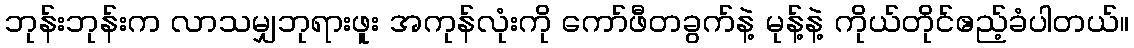
ဘုန်းဘုန်းက လာသမျှဘုရားဖူး အကုန်လုံးကို ကော်ဖီတခွက်နဲ့ မုန့်နဲ့ ကိုယ်တိုင်ဧည့်ခံပါတယ်။